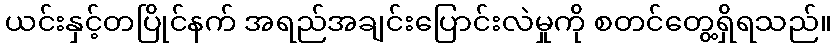
ယင်းနှင့်တပြိုင်နက် အရည်အချင်းပြောင်းလဲမှုကို စတင်တွေ့ရှိရသည်။